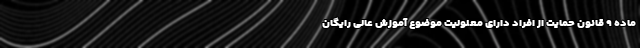
ماده ۹ قانون حمایت از افراد دارای معلولیت موضوع آموزش عالی رایگان